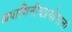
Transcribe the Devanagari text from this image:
अपाणिनीयप्रयोगानां